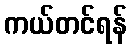
ကယ်တင်ရန်